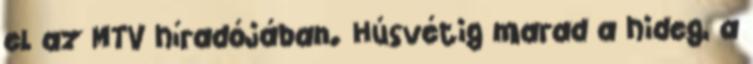
el az MTV híradójában. Húsvétig marad a hideg, a